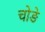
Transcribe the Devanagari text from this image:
चोङे